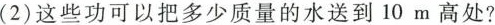
(2)这些功可以把多少质量的水送到10m高处?